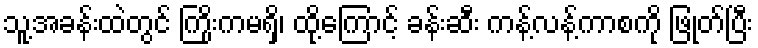
သူ့အခန်းထဲတွင် ကြိုးကမရှိ၊ ထို့ကြောင့် ခန်းဆီး ကန့်လန့်ကာစကို ဖြုတ်ပြီး